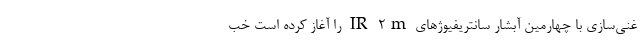
غنی‌سازی با چهارمین آبشار سانتریفیوژهای IR-۲m را آغاز کرده است خب